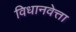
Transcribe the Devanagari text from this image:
विधानवेत्ता